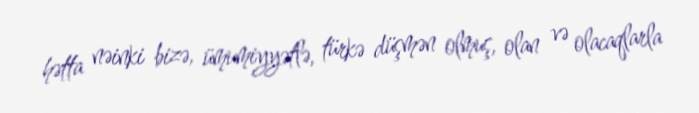
hətta nəinki bizə, ümumiyyətlə, türkə düşmən olmuş, olan və olacaqlarla